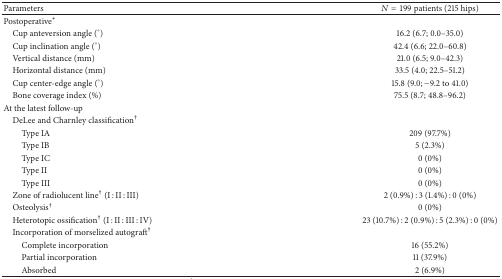
| Parameters | N = 199 patients (215 hips) |
 | --- | --- |
 | Postoperative∗ |  |
 | Cup anteversion angle (°) | 16.2 (6.7; 0.0–35.0) |
 | Cup inclination angle (°) | 42.4 (6.6; 22.0–60.8) |
 | Vertical distance (mm) | 21.0 (6.5; 9.0–42.3) |
 | Horizontal distance (mm) | 33.5 (4.0; 22.5–51.2) |
 | Cup center-edge angle (°) | 15.8 (9.0; −9.2 to 41.0) |
 | Bone coverage index (%) | 75.5 (8.7; 48.8–96.2) |
 | At the latest follow-up |  |
 | DeLee and Charnley classification† |  |
 | Type IA | 209 (97.7%) |
 | Type IB | 5 (2.3%) |
 | Type IC | 0 (0%) |
 | Type II | 0 (0%) |
 | Type III | 0 (0%) |
 | Zone of radiolucent line† (I : II : III) | 2 (0.9%) : 3 (1.4%) : 0 (0%) |
 | Osteolysis† | 0 (0%) |
 | Heterotopic ossification† (I : II : III : IV) | 23 (10.7%) : 2 (0.9%) : 5 (2.3%) : 0 (0%) |
 | Incorporation of morselized autograft† |  |
 | Complete incorporation | 16 (55.2%) |
 | Partial incorporation | 11 (37.9%) |
 | Absorbed | 2 (6.9%) |